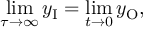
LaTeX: \operatorname* { l i m } _ { \tau \rightarrow \infty } y _ { \mathrm { I } } = \operatorname* { l i m } _ { t \to 0 } y _ { \mathrm { O } } ,